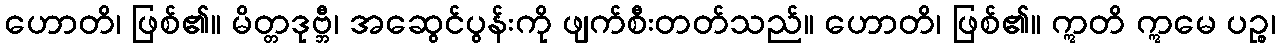
ဟောတိ၊ ဖြစ်၏။ မိတ္တဒုဗ္ဘီ၊ အဆွေင်ပွန်းကို ဖျက်စီးတတ်သည်။ ဟောတိ၊ ဖြစ်၏။ ဣတိ ဣမေ ပဉ္စ၊